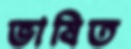
ভাষিত